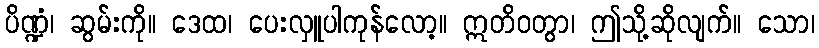
ပိဏ္ဍံ၊ ဆွမ်းကို။ ဒေထ၊ ပေးလှူပါကုန်လော့။ ဣတိဝတွာ၊ ဤသို့ဆိုလျက်။ သော၊